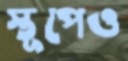
স্তূপেও